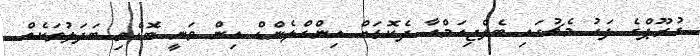
ގުރޫޕްގެ ފަހު މެޗުގައި ބެލްޖިއަމްއާ ދެކޮޅަށް އިންގްލެންޑް އިން ވަނީ ބޮޑެތި ބަދަލުތަކެއް